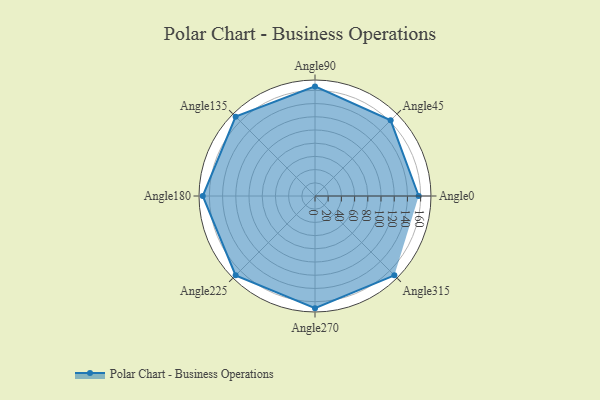
{"axis": {"x": "Angle", "y": "Radius"}, "legend": [""], "data": [{"x": "Angle0", "y": 157.0, "type": ""}, {"x": "Angle45", "y": 162.0, "type": ""}, {"x": "Angle90", "y": 166.0, "type": ""}, {"x": "Angle135", "y": 170, "type": ""}, {"x": "Angle180", "y": 170, "type": ""}, {"x": "Angle225", "y": 170, "type": ""}, {"x": "Angle270", "y": 170, "type": ""}, {"x": "Angle315", "y": 170, "type": ""}]}